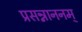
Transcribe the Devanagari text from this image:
प्रसन्नाननम्